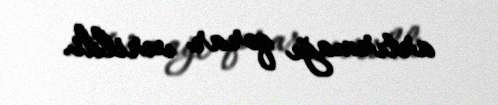
artırmağı qərar verildi.